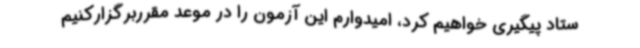
ستاد پیگیری خواهیم کرد، امیدوارم این آزمون را در موعد مقرربرگزارکنیم